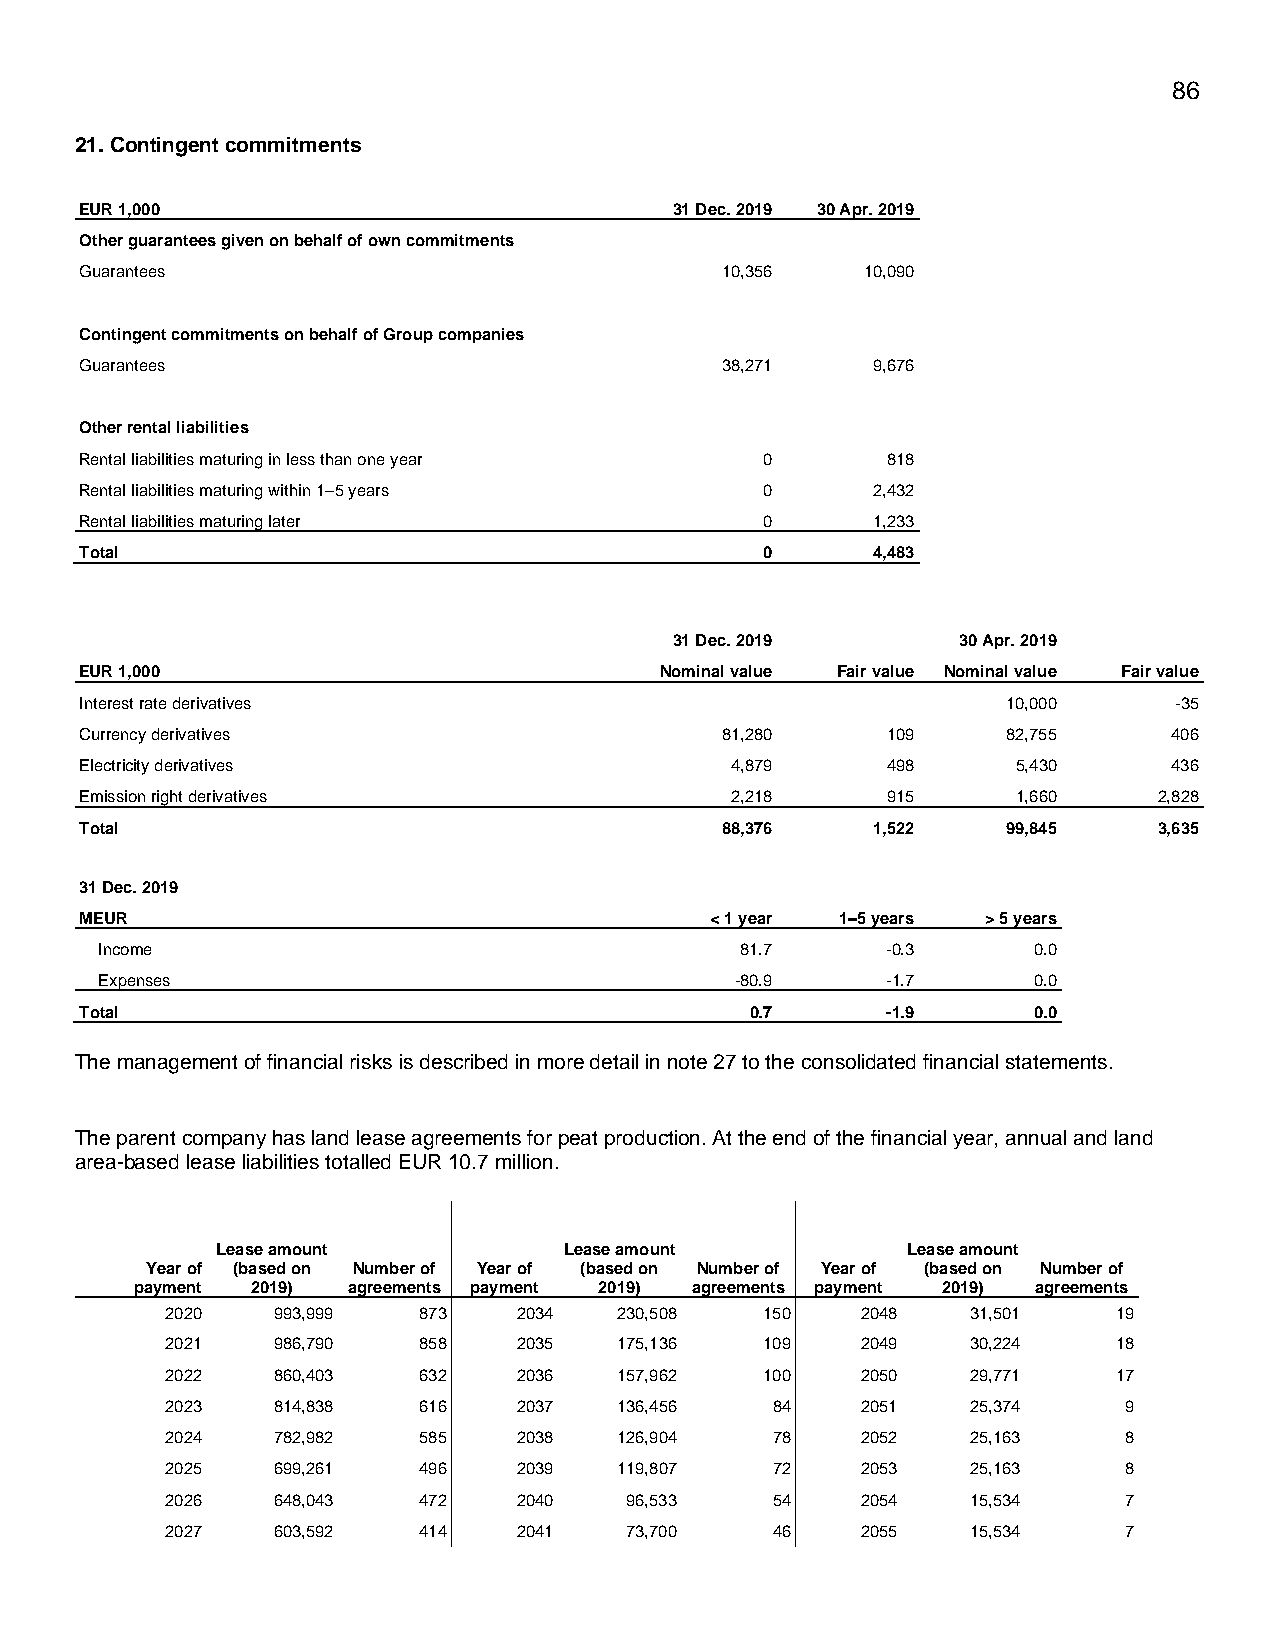
86
 21. Contingent commitments
 EUR 1,000                               31 Dec. 2019 30 Apr. 2019
 Other guarantees given on behalf of own commitments
 Guarantees                                 10,356   10,090
 Contingent commitments on behalf of Group companies
 Guarantees                                 38,271    9,676
 Other rental liabilities
 Rental liabilities maturing in less than one year 0   818
 Rental liabilities maturing within 1–5 years  0      2,432
 Rental liabilities maturing later             0      1,233
 Total                                         0      4,483
 31 Dec. 2019       30 Apr. 2019
 EUR 1,000                              Nominal value Fair value Nominal value Fair value
 Interest rate derivatives                                     10,000     -35
 Currency derivatives                       81,280     109     82,755     406
 Electricity derivatives                    4,879      498     5,430      436
 Emission right derivatives                 2,218      915     1,660     2,828
 Total                                      88,376    1,522    99,845    3,635
 31 Dec. 2019
 MEUR                                      < 1 year 1–5 years > 5 years
 Income                                     81.7      -0.3     0.0
 Expenses                                   -80.9     -1.7     0.0
 Total                                        0.7      -1.9     0.0
 The management of financial risks is described in more detail in note 27 to the consolidated financial statements.
 The parent company has land lease agreements for peat production. At the end of the financial year, annual and land
 area-based lease liabilities totalled EUR 10.7 million.
 Lease amount           Lease amount           Lease amount
 Year of (based on Number of Year of (based on Number of Year of (based on Number of
 payment 2019) agreements payment 2019) agreements payment 2019) agreements
 2020   993,999   873   2034   230,508   150   2048   31,501    19
 2021   986,790   858   2035   175,136   109   2049   30,224    18
 2022   860,403   632   2036   157,962   100   2050   29,771    17
 2023   814,838   616   2037   136,456   84    2051   25,374     9
 2024   782,982   585   2038   126,904   78    2052   25,163     8
 2025   699,261   496   2039   119,807   72    2053   25,163     8
 2026   648,043   472   2040   96,533    54    2054   15,534     7
 2027   603,592   414   2041   73,700    46    2055   15,534     7